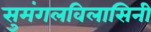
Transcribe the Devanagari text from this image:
सुमंगलविलासिनी